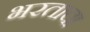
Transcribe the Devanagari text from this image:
भरताचा